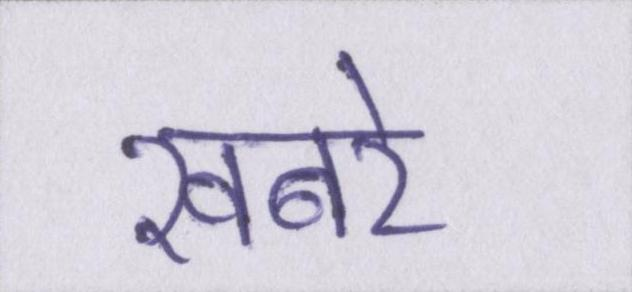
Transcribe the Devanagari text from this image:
खबरे